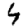
Digit: 4